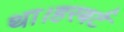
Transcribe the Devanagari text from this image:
था।हरबर्ट